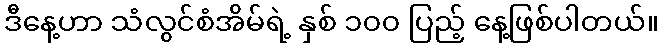
ဒီနေ့ဟာ သံလွင်စံအိမ်ရဲ့ နှစ် ၁၀၀ ပြည့် နေ့ဖြစ်ပါတယ်။